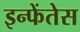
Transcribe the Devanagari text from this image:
इन्फेंतेस